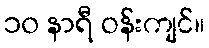
၁၀ နာရီ ဝန်းကျင်။